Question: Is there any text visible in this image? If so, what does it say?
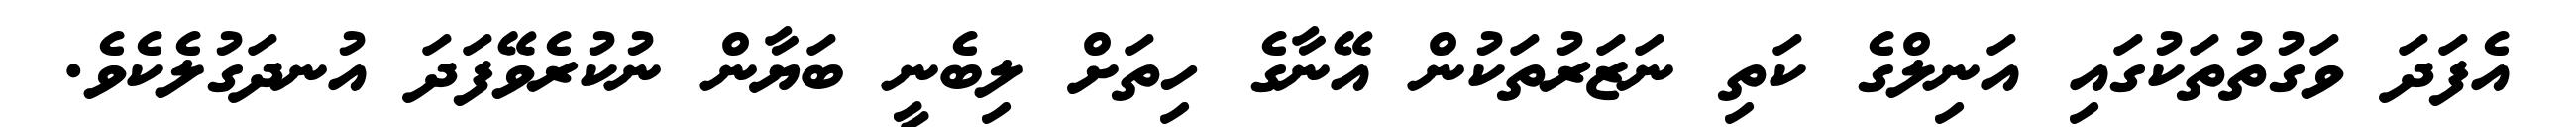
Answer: އެފަދަ ވަގުތުތަކުގައި އަނިލްގެ ކަތި ނަޒަރުތަކުން އޭނާގެ ހިތަށް ލިބެނީ ބަޔާން ނުކުރެވޭފަދަ އުނދަގުލެކެވެ.